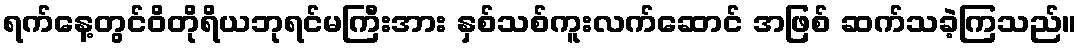
ရက်နေ့တွင်ဝိတိုရိယဘုရင်မကြီးအား နှစ်သစ်ကူးလက်ဆောင် အဖြစ် ဆက်သခဲ့ကြသည်။